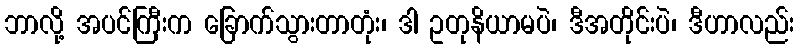
ဘာလို့ အပင်ကြီးက ခြောက်သွားတာတုံး၊ ဒါ ဥတုနိယာမပဲ၊ ဒီအတိုင်းပဲ၊ ဒီဟာလည်း